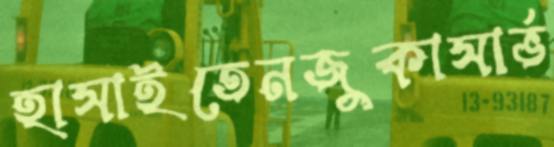
হাসাইতেনজুকাসার্ভ